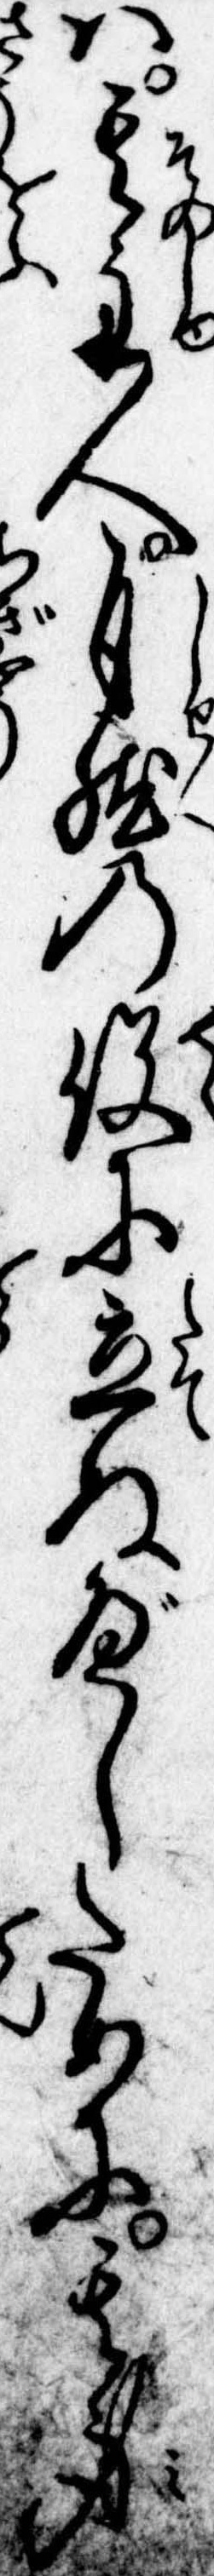
は其主人自然の役に立ぬべしために其身